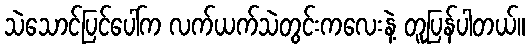
သဲသောင်ပြင်ပေါ်က လက်ယက်သဲတွင်းကလေးနဲ့ တူပြန်ပါတယ်။